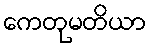
ကေတုမတိယာ